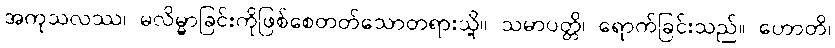
အကုသလဿ၊ မလိမ္မာခြင်းကိုဖြစ်စေတတ်သောတရားသို့။ သမာပတ္တိ၊ ရောက်ခြင်းသည်။ ဟောတိ၊